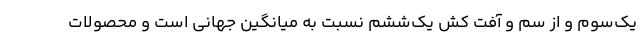
یک‌سوم و از سم و آفت کش یک‌ششم نسبت به میانگین جهانی است و محصولات